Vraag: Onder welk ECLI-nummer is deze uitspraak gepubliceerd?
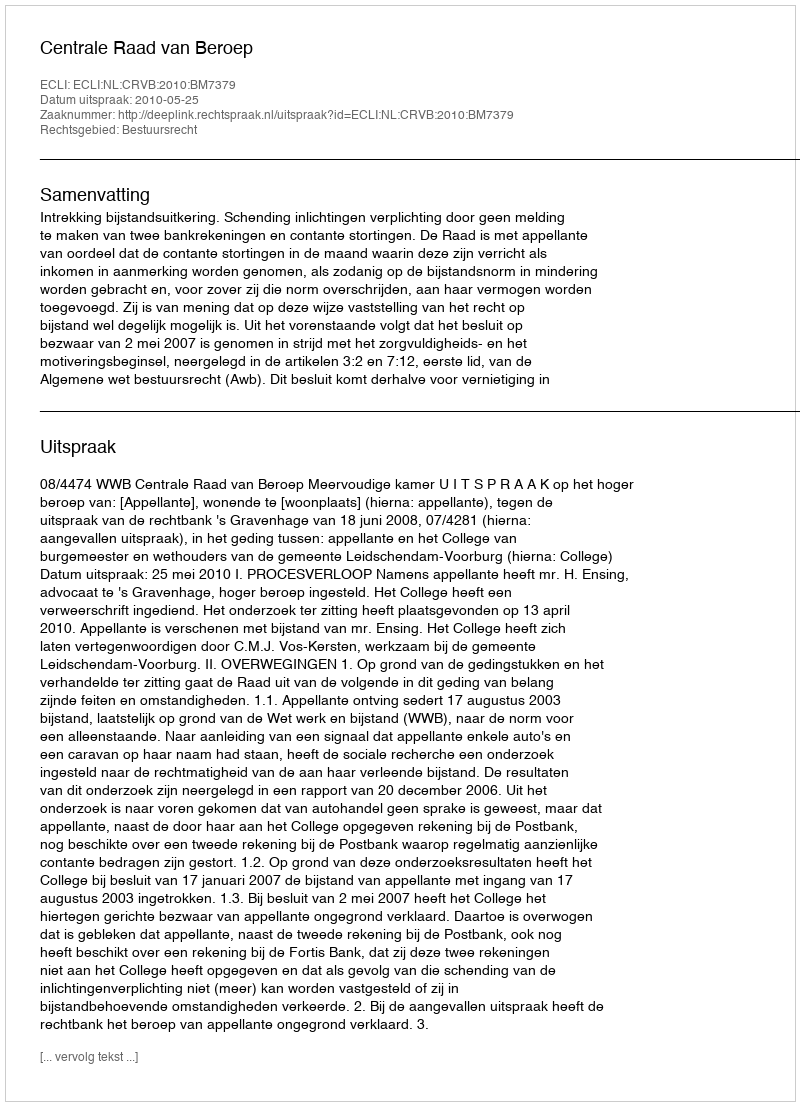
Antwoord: ECLI:NL:CRVB:2010:BM7379